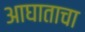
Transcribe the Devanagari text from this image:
आघाताचा